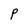
Character: P